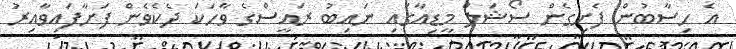
އެ ހިސާބުން ފެށިގެން ސޯޝަލް މީޑިއާގައި ނައިބު ރައީސްގެ ވާހަކަ ދެކެވެން ފަށާފައިވާއިރު